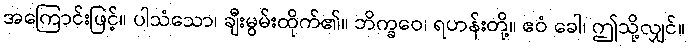
အကြောင်းဖြင့်။ ပါသံသော၊ ချီးမွမ်းထိုက်၏။ ဘိက္ခဝေ၊ ရဟန်းတို့။ ဧဝံ ခေါ၊ ဤသို့လျှင်။